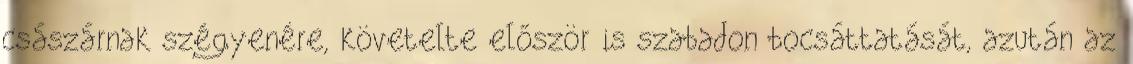
császárnak szégyenére, követelte először is szabadon bocsáttatását, azután az